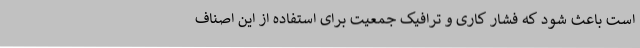
است باعث شود که فشار کاری و ترافیک جمعیت برای استفاده از این اصناف